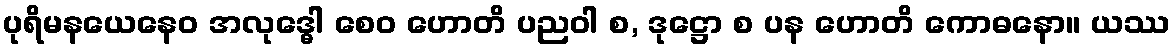
ပုရိမနယေနေဝ အလုဒ္ဓေါ စေဝ ဟောတိ ပညဝါ စ, ဒုဋ္ဌော စ ပန ဟောတိ ကောဓနော။ ယဿ